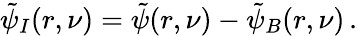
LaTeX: \tilde{\psi}_{I}(r,\nu)=\tilde{\psi}(r,\nu)-\tilde{\psi}_{B}(r,\nu)\, .